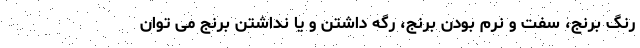
رنگ برنج، سفت و نرم بودن برنج، رگه داشتن و یا نداشتن برنج می توان